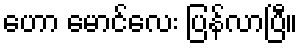
ဟော မောင်လေး ပြန်လာပြီ။